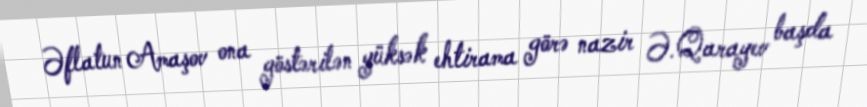
Əflatun Amaşov ona göstərilən yüksək ehtirama görə nazir Ə.Qarayev başda